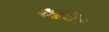
આયર